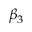
\beta _ { 3 }